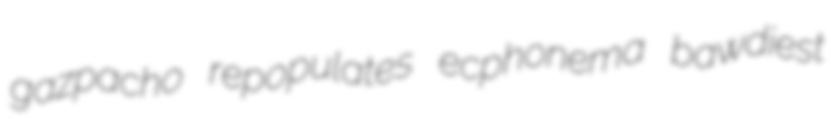
gazpacho repopulates ecphonema bawdiest